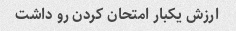
ارزش یکبار امتحان کردن رو داشت